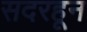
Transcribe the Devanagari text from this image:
सदरहून